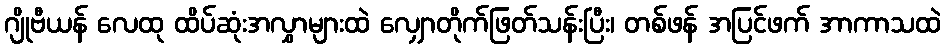
ဂျိုဗီယန် လေထု ထိပ်ဆုံးအလွှာများထဲ လျှောတိုက်ဖြတ်သန်းပြီး၊ တစ်ဖန် အပြင်ဖက် အာကာသထဲ